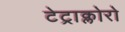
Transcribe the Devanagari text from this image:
टेट्राक्लोरो